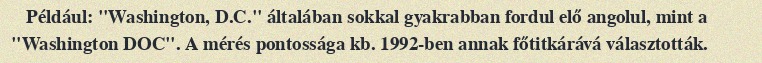
Például: "Washington, D.C." általában sokkal gyakrabban fordul elő angolul, mint a "Washington DOC". A mérés pontossága kb. 1992-ben annak főtitkárává választották.